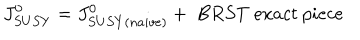
LaTeX: J _ { S U S Y } ^ { 0 } = J _ { S U S Y ( n a i v e ) } ^ { 0 } + \ B R S T \ e x a c t \ p i e c e